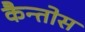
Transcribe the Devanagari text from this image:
कैन्तोस